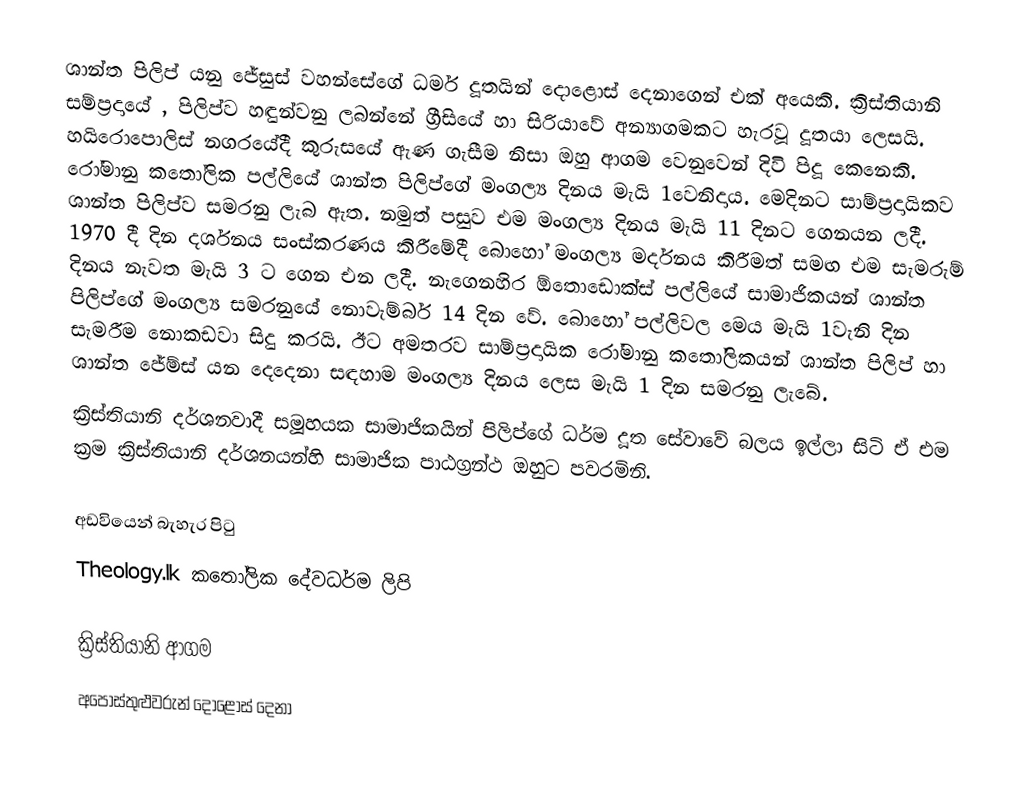
ශාන්ත පිලිප් යනු ජේසුස් වහන්සේගේ ධර්ම දූතයින් දොළොස් දෙනාගෙන් එක් අයෙකි. ක්‍රිස්තියානි සම්ප්‍රදායේ , පිලිප්ව හඳුන්වනු ලබන්නේ ග්‍රීසියේ හා සිරියාවේ අන්‍යාගමකට හැරවූ දූතයා ලෙසයි. හයිරොපොලිස් නගරයේදී කුරුසයේ ඇණ ගැසීම නිසා ඔහු ආගම වෙනුවෙන් දිවි පිදූ කෙනෙකි. රෝමානු කතෝලික පල්ලියේ ශාන්ත පිලිප්ගේ මංගල්‍ය දිනය මැයි 1වෙනිදාය. මෙදිනට සාම්ප්‍රදායිකව ශාන්ත පිලිප්ව සමරනු ලැබ ඇත. නමුත් පසුව එම මංගල්‍ය දිනය මැයි 11  දිනට ගෙනයන ලදී. 1970 දී දින දර්ශනය සංස්කරණය කිරීමේදී බොහෝ මංගල්‍ය මර්දනය කිරීමත් සමඟ එම සැමරුම් දිනය  නැවත මැයි 3 ට ගෙන එන ලදී. නැගෙනහිර ඕතොඩොක්ස් පල්ලියේ සාමාජිකයන් ශාන්ත පිලිප්ගේ මංගල්‍ය සමරනුයේ නොවැම්බර් 14 දින වේ. බොහෝ පල්ලිවල මෙය මැයි 1වැනි දින සැමරීම නොකඩවා සිදු කරයි. ඊට අමතරව සාම්ප්‍රදායික රෝමානු කතෝලිකයන් ශාන්ත පිලිප් හා ශාන්ත ජේම්ස් යන දෙදෙනා සඳහාම මංගල්‍ය දිනය ලෙස මැයි 1 දින සමරනු ලැබේ.
ක්‍රිස්තියානි දර්ශනවාදී සමූහයක සාමාජිකයින් පිලිප්ගේ ධර්ම දූත සේවාවේ බලය ඉල්ලා සිටි  ඒ එම ක්‍රම ක්‍රිස්තියානි දර්ශනයන්හි සාමාජික පාඨග්‍රන්ථ ඔහුට පවරමිනි.

අඩවියෙන් බැහැර පිටු
 Theology.lk කතෝලික දේවධර්ම ලිපි

ක්‍රිස්තියානි ආගම
අපෝස්තුළුවරුන් දොළොස් දෙනා